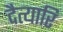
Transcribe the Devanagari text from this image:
दैत्यारि